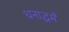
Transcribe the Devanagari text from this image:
धनाद्धर्मं